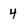
Character: 4